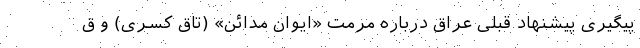
پیگیری پیشنهاد قبلی عراق درباره مرمت «ایوان مدائن» (تاق کسری) و ق